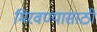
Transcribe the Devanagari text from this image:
मिरवण्यासाठी